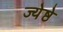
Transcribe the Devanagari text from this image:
ज्येष्ठे